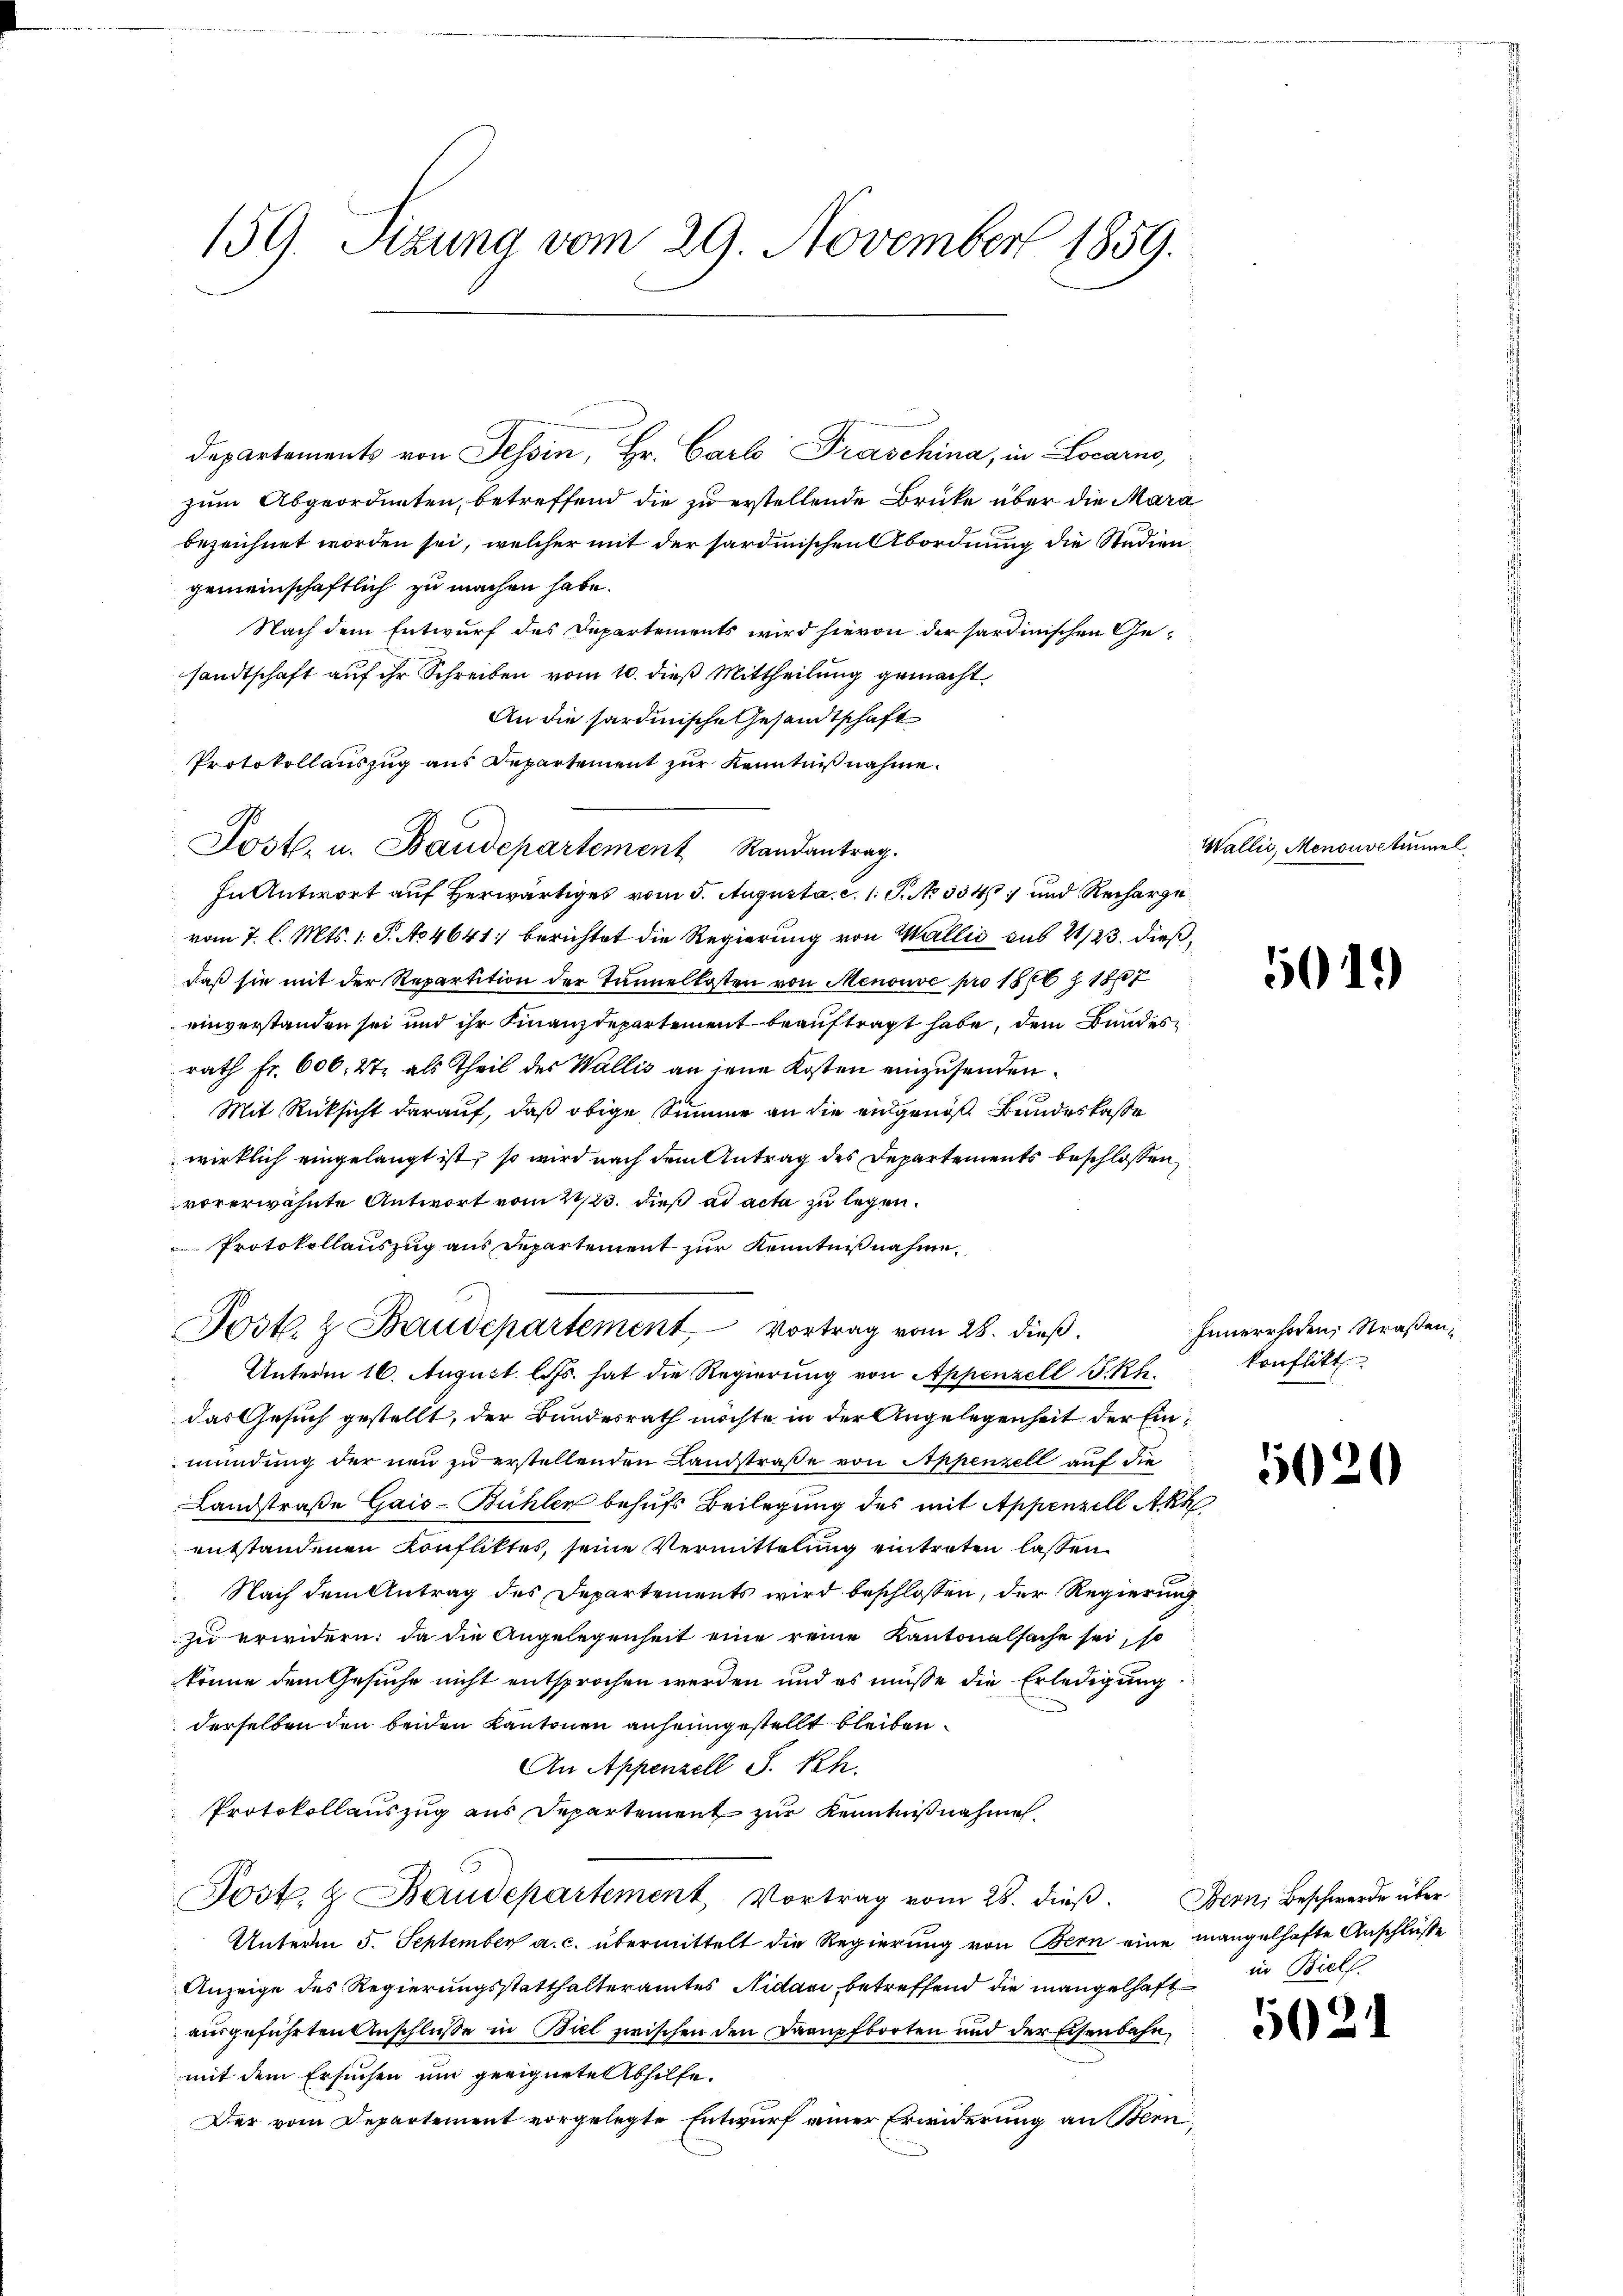
159. Sizung vom 29. November 1859.

departements von Tessin, Hr. Carl Fraschina, in Locarno,
zum Abgeordneten, betreffend die zu erstellende Brüke über die Mara
bezeichnet worden sei, welcher mit der sardinischen Abordnung die Studiengemeinschaftlich zu machen habe.
Nach dem Entwurf des Departements wird hievon der sardinischen Ge-
sandtschaft auf ihr Schreiben vom 10. dieß Mittheilung gemacht,
An die sardinische Gesandtschaft
Protokollauszug aus Departement zur Kenntniß nahme.
In Antwort auf herwärtiges vom 5. Augusta. c. 1. P. No 334 und Recharge
vom 7. l. Mts. 1. P. No 4641) berichtet die Regierung von Wallis sub 21/23. dießdaß sie mit der Repartition der Tunnelkosten von Menouve pro 1866 § 1807
einverstanden sei und ihr Finanzdepartement beauftragt habe, dem Bundes
rath Fr. 606. 27, als Theil des Wallis an jene Kosten einzusenden.
Mit Rücksicht darauf, daß obige Summer an die eingenoß Bundeskasse
wirklich eingelangt ist, so wird nach dem Antrag des Departements beschlossen,
vorerwähnte Antwort vom 22/23. dieß ad acta zu legen.
Protokollauszug aus Departement zur Kenntnißnahme,
Post. & Baudepartement, Vortrag vom 28. dieß.
Unterm 16. August l. Js. hat die Regierung von Appenzell P. R.
.
das Gesuch gestellt, der Bundesrath möchte in der Angelegenheit der Einmündung der neu zu erstellenden Landstraße von Appenzell auf die
Landstraße Gais-Bühlen behufs Beilegung des mit Appenzell Akk
entstandenen Konfliktes, seine Vermittelung eintreten lassen
Nach dem Antrag des Departements wird beschlossen, der Regierung
zu erwidern: da die Angelegenheit eine reine Kantonalsache sei, so
könne dem Gesuche nicht entsprochen werden und es müsse die Erledigung
derselben den beiden Kantonen anheimgestellt bleiben.
An Appenzell S. Rh.
Protokollauszug aus Departement zur Kenntnißnahme.
Post. & Baudepartement Vortrag vom 25. dieβ. Bern, Beschwerde über
Unterm 5. September a. c. übermittelt die Regierung von Bern eine mangelhafte Anschlüße
Anzeige des Regierungsstatthalteramtes Nidavi betreffend die mangelhaft in Biel
ausgeführten Anschluße in Biel zwischen den Drampfborten und der Eisenbahn,
mit dem Ersuchen um geeignete Abhilfe.
Der vom Departement vorgelegte Entwurf einer Erwiderung an Bern

Post- u. Baudepartement Randantrag.

Wallis, Menouvetümmel

5019)

Innerrhoden, Straßen,
konflikt

5020

502